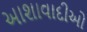
આશાવાદીઓ